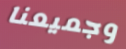
وجميعنا